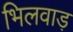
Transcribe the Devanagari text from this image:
भिलवाड़